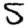
Digit: 5